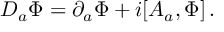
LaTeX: D _ { a } \Phi = \partial _ { a } \Phi + i [ A _ { a } , \Phi ] \, .